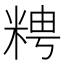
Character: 𥺒